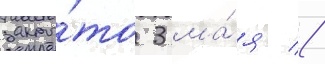
закры́то 3 ма́я //